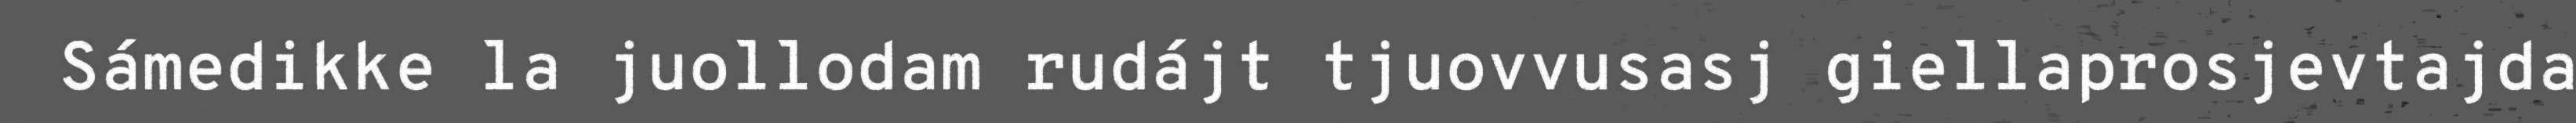
Sámedikke la juollodam rudájt tjuovvusasj giellaprosjevtajda